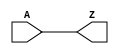
// File>>> deglitch.v
//
//
// Revision history:
//
// Deglitch circuit
//
`timescale  1ps/1ps
module deglitch (
	input  A,
	output Z);

	wire net0;
	wire net1;

	assign #10 net0 = A; 
	assign #10 net1 = net0;
	assign #1 Z = A | net1;
endmodule